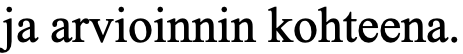
ja arvioinnin kohteena.